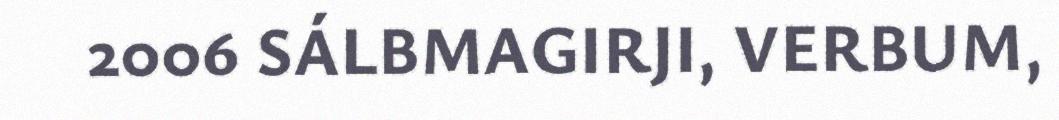
2006 SÁLBMAGIRJI, VERBUM,